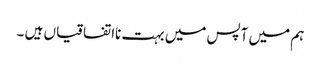
ہم میں آپس میں بہت نااتفاقیاں ہیں ۔